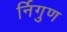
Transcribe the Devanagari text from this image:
र्निगुण